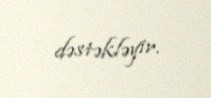
dəstəkləyir.